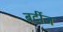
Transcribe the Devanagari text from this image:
बर्दीज